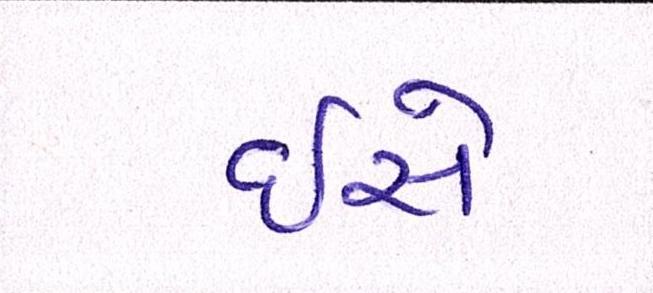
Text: ઇસે